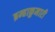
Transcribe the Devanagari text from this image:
ब्रम्हाकुमारी